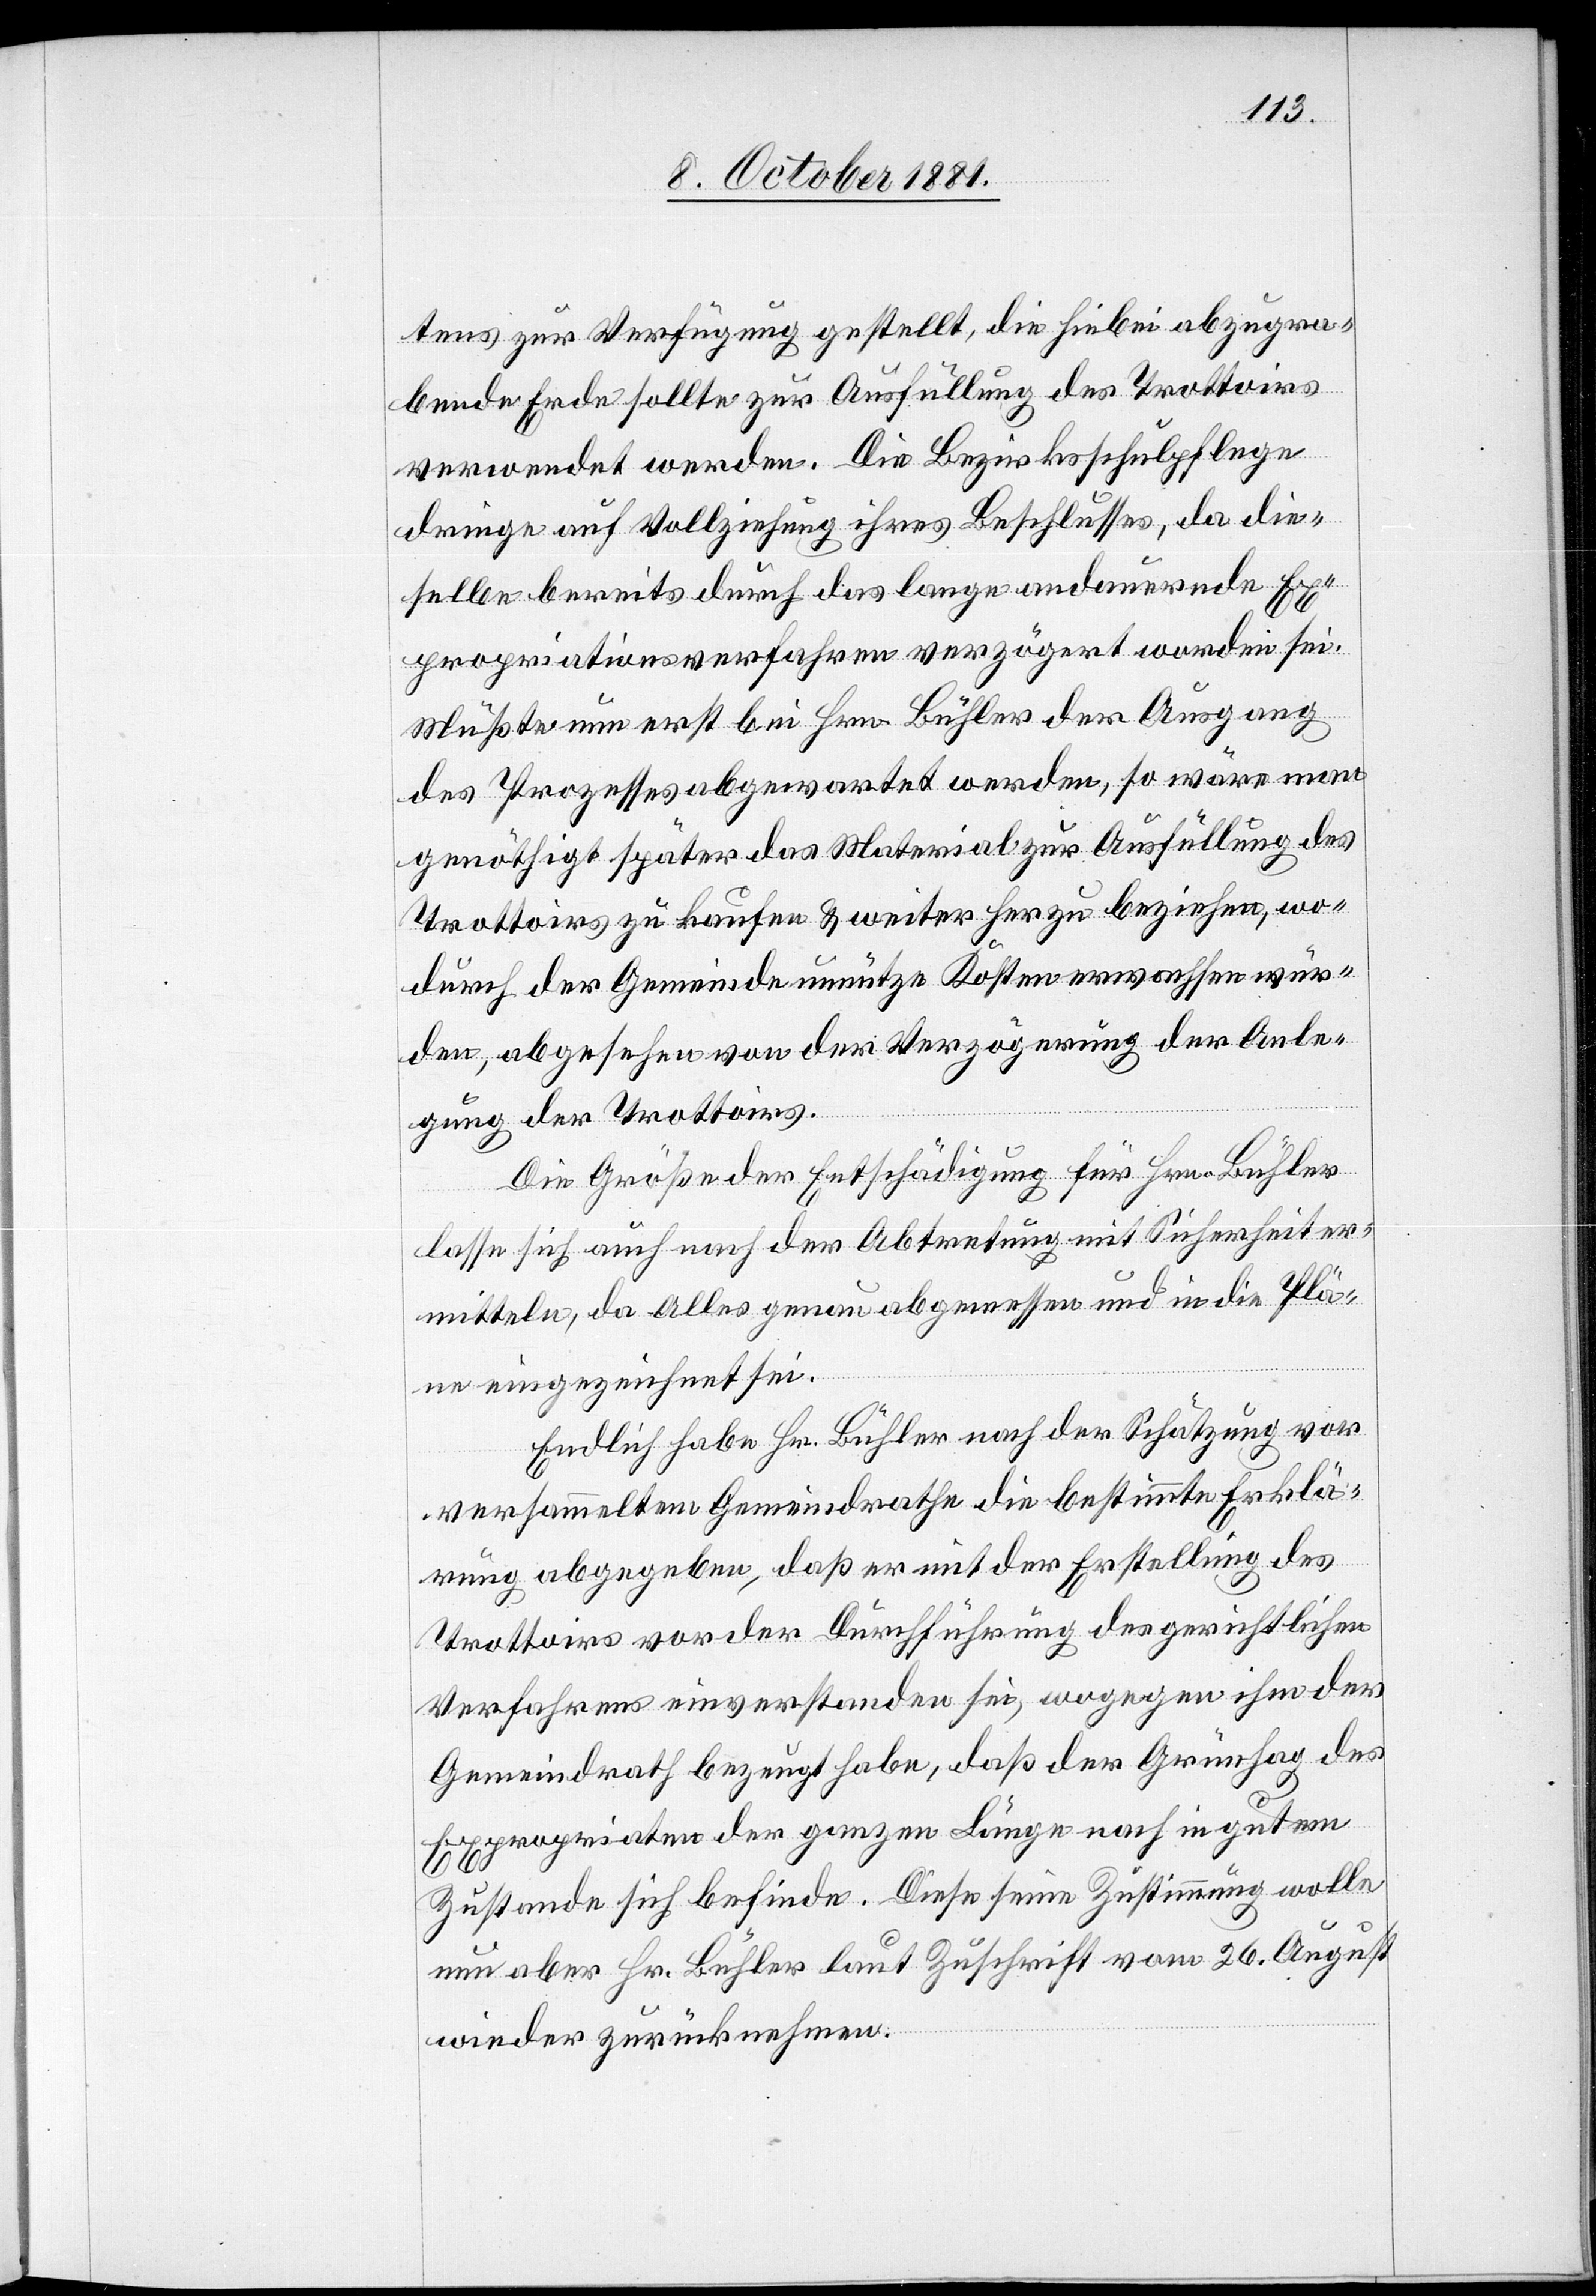
tens zur Verfügung gestellt, die hiebei abzugra¬
bende Erde sollte zur Ausfüllung des Trottoirs
verwendet werden. Die Bezirksschulpflege
dringe auf Vollziehung ihres Beschlusses, da die¬
selbe bereits durch das lange andauernde Ex¬
propriationsverfahren verzögert worden sei.
Müßte nun erst bei Hrn. Bühler der Ausgang
des Prozesses abgewartet werden, so wäre man
genöthigt später das Material zur Ausfüllung des
Trottoirs zu kaufen & weiter her zu beziehen, wo¬
durch der Gemeinde unnütze Kosten erwachsen wür¬
den, abgesehen von der Verzögerung der Anle¬
gung der Trottoirs.
Die Größe der Entschädigung für Hrn. Bühler
lasse sich auch nach der Abtretung mit Sicherheit er¬
mitteln, da Alles genau abgemessen und in die Plä¬
ne eingezeichnet sei.
Endlich habe Hr. Bühler nach der Schätzung vor
versammeltem Gemeindrathe die bestimmte Erklä¬
rung abgegeben, daß er mit der Erstellung des
Trottoirs vor der Durchführung des gerichtlichen
Verfahrens einverstanden sei, wogegen ihm der
Gemeindrath bezeugt habe, daß der Grünhag des
Expropriaten der ganzen Länge nach in gutem
Zustande sich befinde. Diese seine Zustimmung wolle
nun aber Hr. Bühler laut Zuschrift vom 26. August
wieder zurücknehmen.